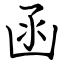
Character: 函